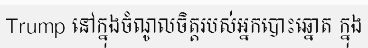
Trump នៅក្នុងចំណូលចិត្តរបស់អ្នកបោះឆ្នោត ក្នុង